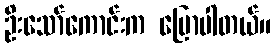
ဦးသော်ကောင်းက ပြောပါတယ်။